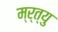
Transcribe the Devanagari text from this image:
म्र्त्यु